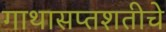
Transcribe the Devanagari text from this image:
गाथासप्तशतीचे